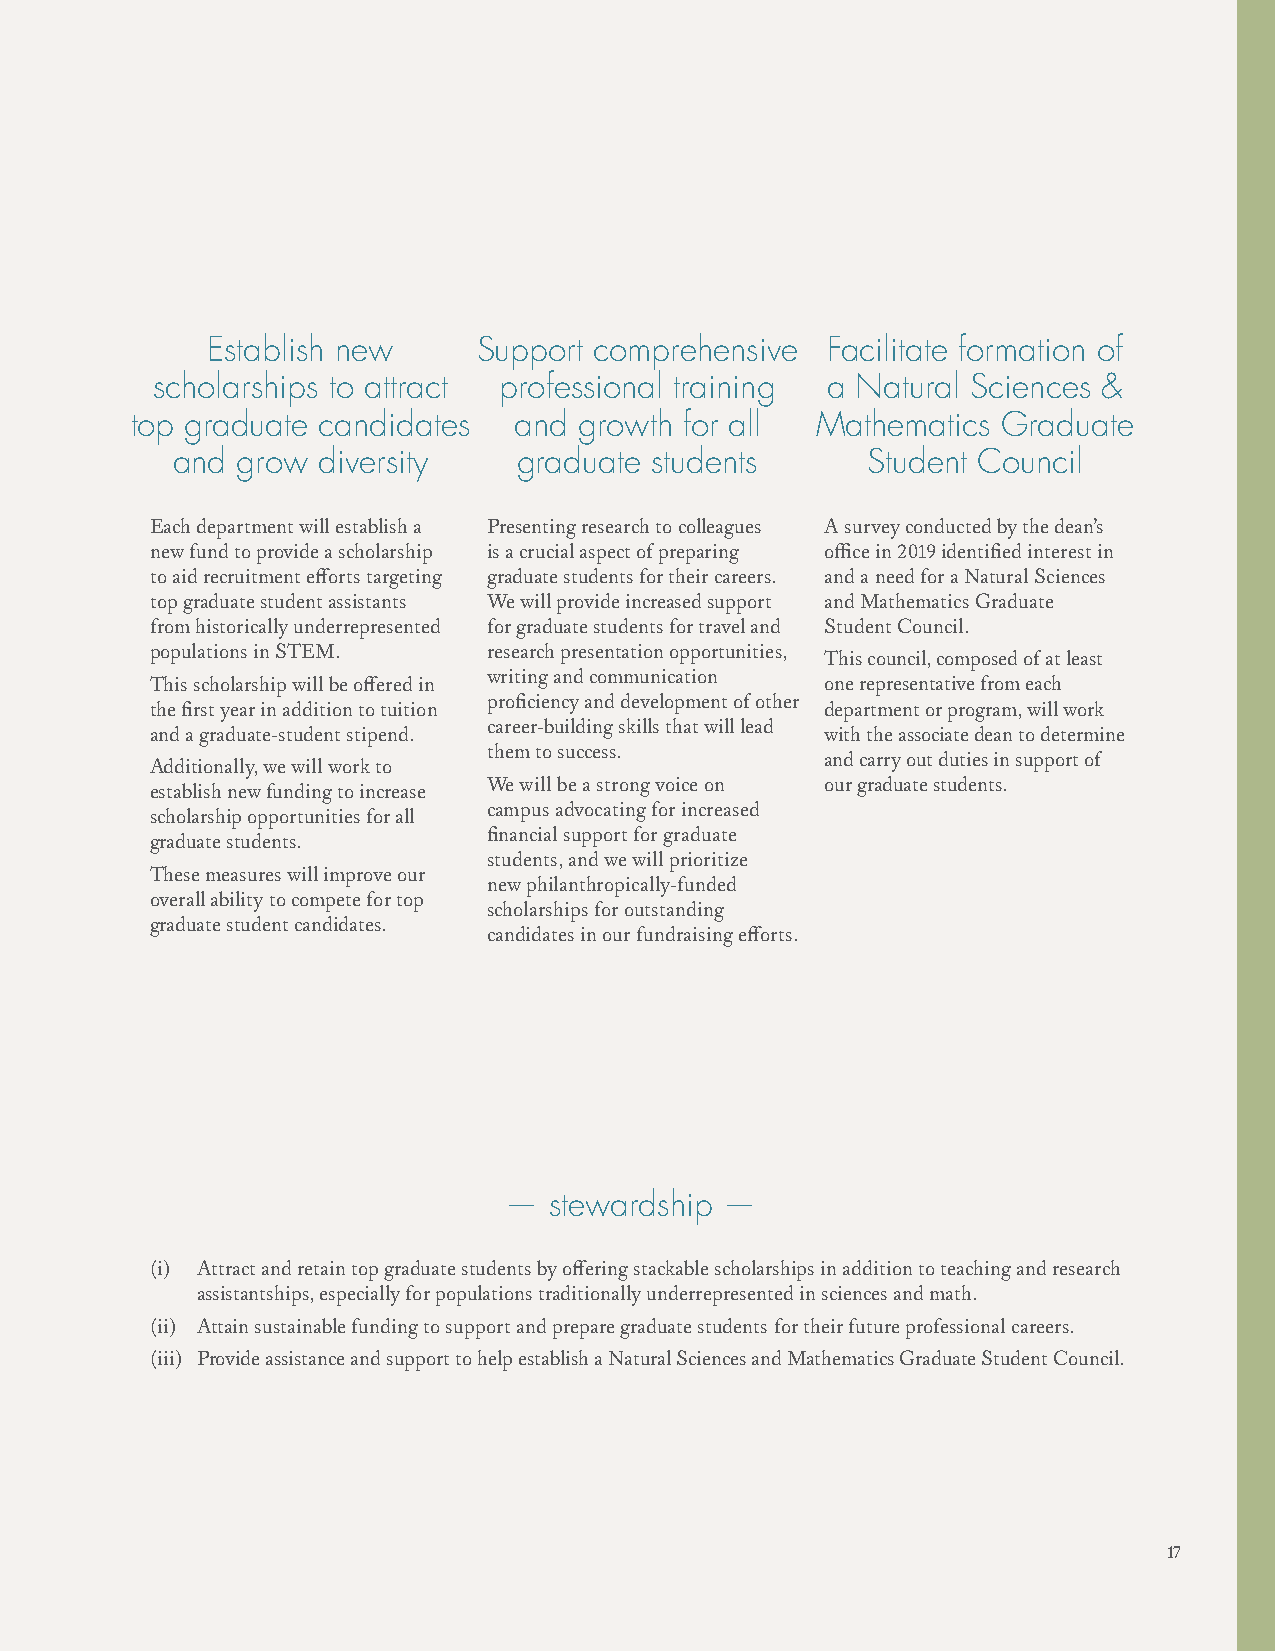
Establish new     Support comprehensive  Facilitate formation of
 scholarships to attract professional training a Natural Sciences &
 top graduate candidates  and growth for all  Mathematics Graduate
 and  grow diversity    graduate students      Student Council
 Each department will establish a Presenting research to colleagues A survey conducted by the dean’s
 new fund to provide a scholarship is a crucial aspect of preparing office in 2019 identified interest in
 to aid recruitment efforts targeting graduate students for their careers. and a need for a Natural Sciences
 top graduate student assistants We will provide increased support and Mathematics Graduate
 from historically underrepresented for graduate students for travel and Student Council.
 populations in STEM.  research presentation opportunities,
 This council, composed of at least
 writing and communication
 This scholarship will be offered in          one representative from each
 proficiency and development of other
 the first year in addition to tuition        department or program, will work
 career-building skills that will lead
 and a graduate-student stipend.              with the associate dean to determine
 them to success.
 and carry out duties in support of
 Additionally, we will work to
 We will be a strong voice on our graduate students.
 establish new funding to increase
 campus advocating for increased
 scholarship opportunities for all
 financial support for graduate
 graduate students.
 students, and we will prioritize
 These measures will improve our
 new philanthropically-funded
 overall ability to compete for top
 scholarships for outstanding
 graduate student candidates.
 candidates in our fundraising efforts.
 —  stewardship —
 (i) Attract and retain top graduate students by offering stackable scholarships in addition to teaching and research
 assistantships, especially for populations traditionally underrepresented in sciences and math.
 (ii) Attain sustainable funding to support and prepare graduate students for their future professional careers.
 (iii) Provide assistance and support to help establish a Natural Sciences and Mathematics Graduate Student Council.
 17